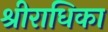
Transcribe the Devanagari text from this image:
श्रीराधिका